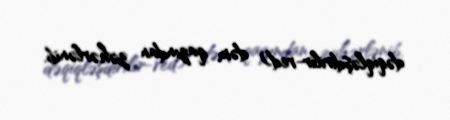
dəqiqləşdirilir-red) dəm qazından zəhərlənib.